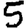
Digit: 5